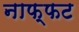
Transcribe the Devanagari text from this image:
नाफ्फट